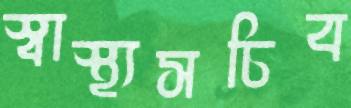
স্বাস্থ্যসচিব